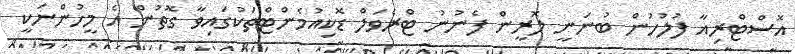
އޮސްޓްރިއާ ފުުލުހުން ބުނަނީ ލޮރީން ފެނުނު ޓްރެވަލް ޑޮކިއުމެންޓްތަކުގައިވާ ގޮތުން އެ މީހުންނަކީ